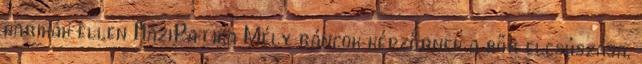
karikák ellen HáziPatika Mély ráncok képződnek a bőr elcsúszása,